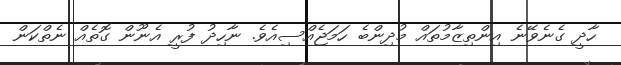
ހާދީ ގެނެވޭނެ އިންތިޒާމުތައް މުދިންބެ ހަމަޖެއްސިއެވެ. ނާހިދު ފުރީ އެނޫން ގޮތެއް ނެތްކަން